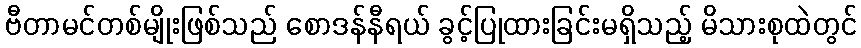
ဗီတာမင်တစ်မျိုးဖြစ်သည် စောဒန်နီရယ် ခွင့်ပြုထားခြင်းမရှိသည့် မိသားစုထဲတွင်